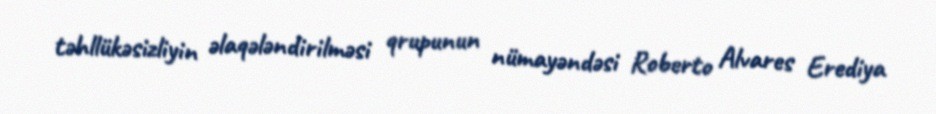
təhllükəsizliyin əlaqələndirilməsi qrupunun nümayəndəsi Roberto Alvares Erediya